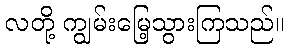
လတို့ ကျွမ်းမြေ့သွားကြသည်။